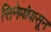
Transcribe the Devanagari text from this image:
सिनेमांपासून